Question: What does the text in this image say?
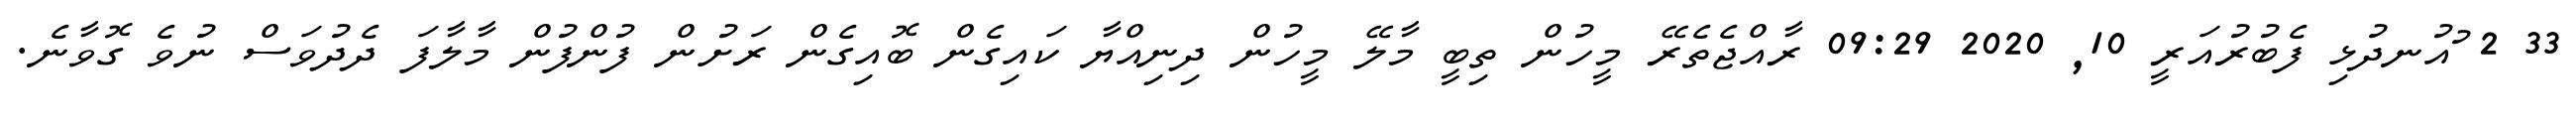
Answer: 33 2 ުއުނދުޅި ފެބުރުއަރީ 10, 2020 09:29 ރާއްޖެތެރޭ މީހުން ތިބީ މާލޭ މީހުން ދިނިއްޔާ ކައިގެން ބޮއިގެން ރަށުން ފުންފުން މާލާފަ ދެދުވަސް ނުވެ ގޮވާނެ.